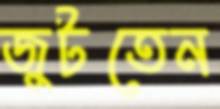
জুটতেন